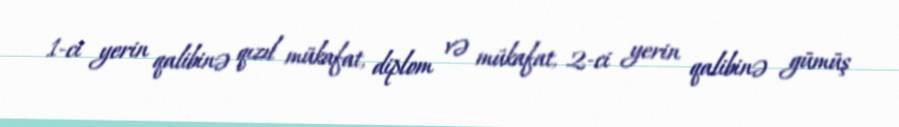
1-ci yerin qalibinə qızıl mükafat, diplom və mükafat, 2-ci yerin qalibinə gümüş